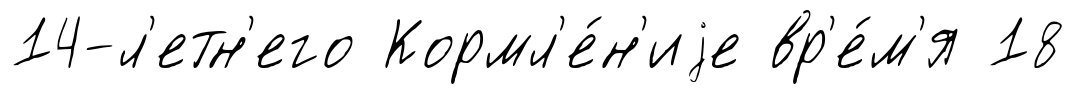
14-л'етн'его Кормл'е́н'иjе вр'е́м'я 18